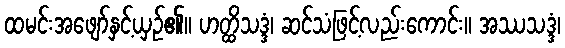
ထမင်းအဖျော်နှင့်ယှဉ်၏။ ဟတ္ထိသဒ္ဒံ၊ ဆင်သံဖြင့်လည်းကောင်း။ အဿသဒ္ဒံ၊